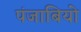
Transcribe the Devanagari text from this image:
पंजाबियो